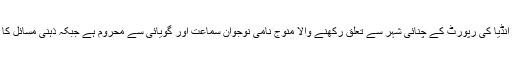
اخبار ٹائمز آف انڈیا کی رپورٹ کے چنائی شہر سے تعلق رکھنے والا منوج نامی نوجوان سماعت اور گویائی سے محروم ہے جبکہ ذہنی مسائل کا شکار بھی ہے۔